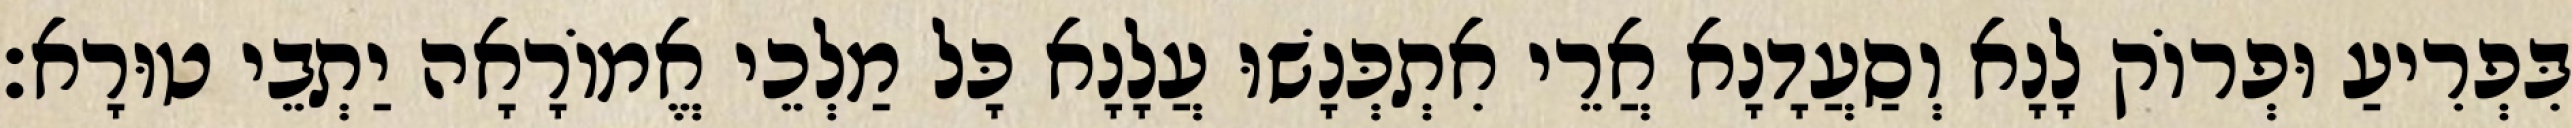
בִּפְרִיעַ וּפְרוֹק לָנָא וְסַעֲדָנָא אֲרֵי אִתְכְּנָשׁוּ עֲלָנָא כָּל מַלְכֵי אֱמוֹרָאָה יַתְבֵי טוּרָא׃